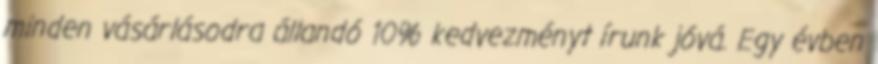
minden vásárlásodra állandó 10% kedvezményt írunk jóvá. Egy évben